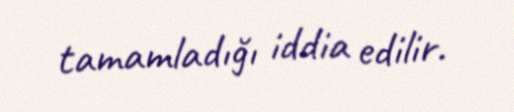
tamamladığı iddia edilir.